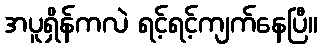
အပူရှိန်ကလဲ ရင့်ရင့်ကျက်နေပြီ။